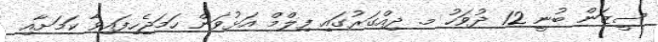
ސީޒަން ބުނީ 12 ދުވަހު މ. ދިއްގަރުގައި ފިލްމް އަޅުވަން ހަމަޖެހިފައިވާ ކަމަށާއި